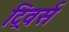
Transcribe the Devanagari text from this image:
ट्रिवर्स